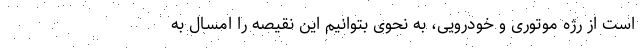
است از رژه موتوری و خودرویی، به نحوی بتوانیم این نقیصه را امسال به